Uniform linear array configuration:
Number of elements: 24
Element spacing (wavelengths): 1
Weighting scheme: uniform
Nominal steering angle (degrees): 45
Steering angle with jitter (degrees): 44.041
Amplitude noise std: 0.05
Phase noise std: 0.05

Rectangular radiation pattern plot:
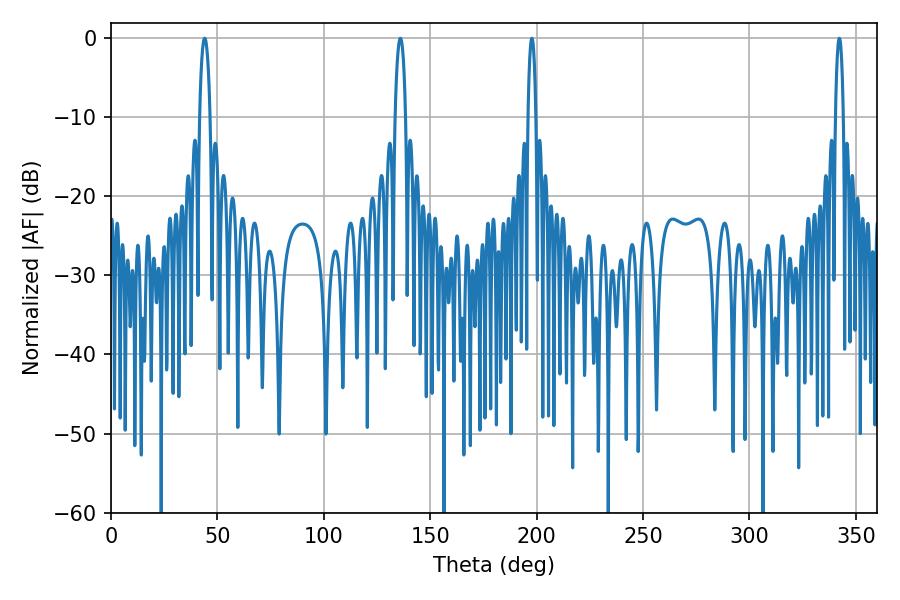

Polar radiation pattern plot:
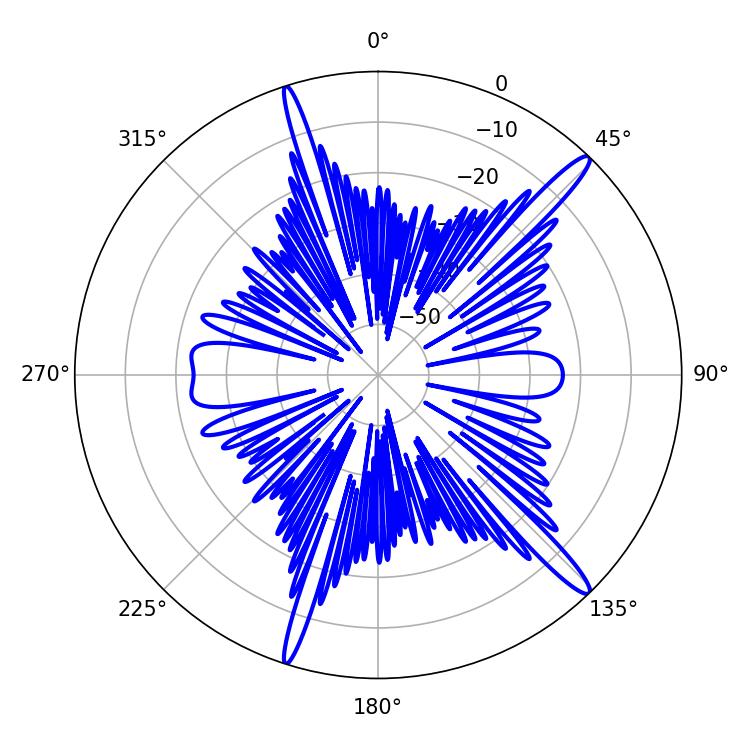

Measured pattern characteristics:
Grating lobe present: TRUE
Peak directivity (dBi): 15.843
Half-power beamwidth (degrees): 1.98
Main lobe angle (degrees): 342.18